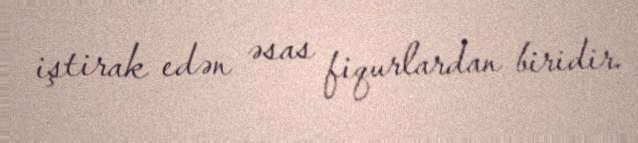
iştirak edən əsas fiqurlardan biridir.